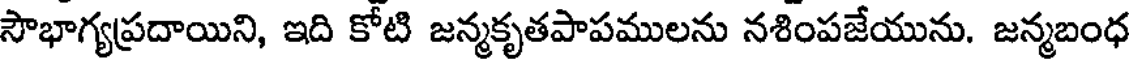
సౌభాగ్యప్రదాయిని, ఇది కోటి జన్మకృతపాపములను నశింపజేయును. జన్మబంధ